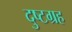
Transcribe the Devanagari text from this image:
दुष्टग्रह